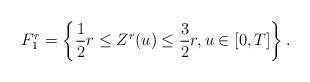
LaTeX: \begin{align*}F^r_1 = \left\{\frac{1}{2}r \leq Z^r(u) \leq \frac{3}{2}r, u \in [0, T]\right\}.\end{align*}